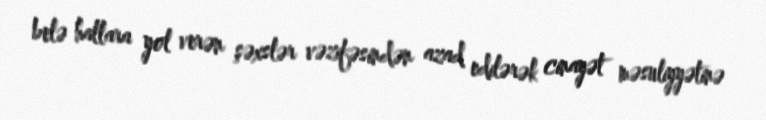
belə hallara yol verən şəxslər vəzifəsindən azad edilərək cinayət məsuliyyətinə